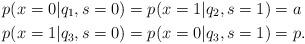
LaTeX: \begin{align*} p(x=0|q_1,s=0)&=p(x=1|q_2,s=1)= a \\ p(x=1|q_3,s=0)&=p(x=0|q_3,s=1)= p.\end{align*}